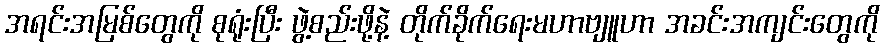
အရင်းအမြစ်တွေကို စုရုံးပြီး ဖွဲ့စည်းဖို့နဲ့ တိုက်ခိုက်ရေးမဟာဗျူဟာ အခင်းအကျင်းတွေကို